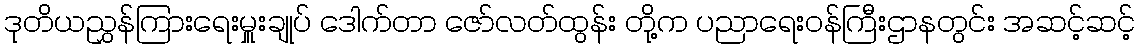
ဒုတိယညွှန်ကြားရေးမှူးချုပ် ဒေါက်တာ ဇော်လတ်ထွန်း တို့က ပညာရေးဝန်ကြီးဌာနတွင်း အဆင့်ဆင့်